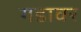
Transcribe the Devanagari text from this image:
गडावर